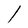
Character: l